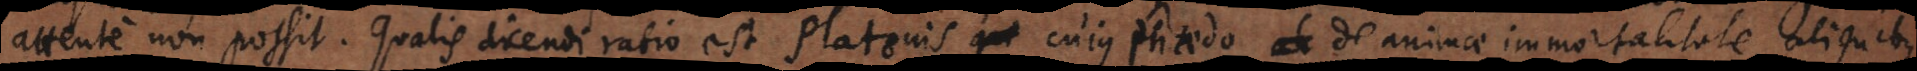
attente non possit. Qualis dicendi ratio est Platonis cujus Phaedo de animae immortalitate, aliquibus